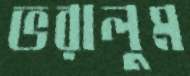
ভরালুম